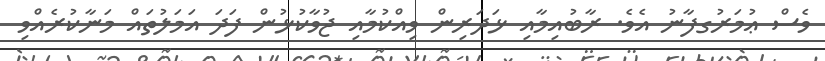
ވެސް ޢުމަރުގފާނު އެވެ. ރާބުއިމާއި ޅަދަރިން ވިއްކުމާއި ޖުވާކުޅުން ފަދަ އަމަލުތައް މަނާކުރެއްވި